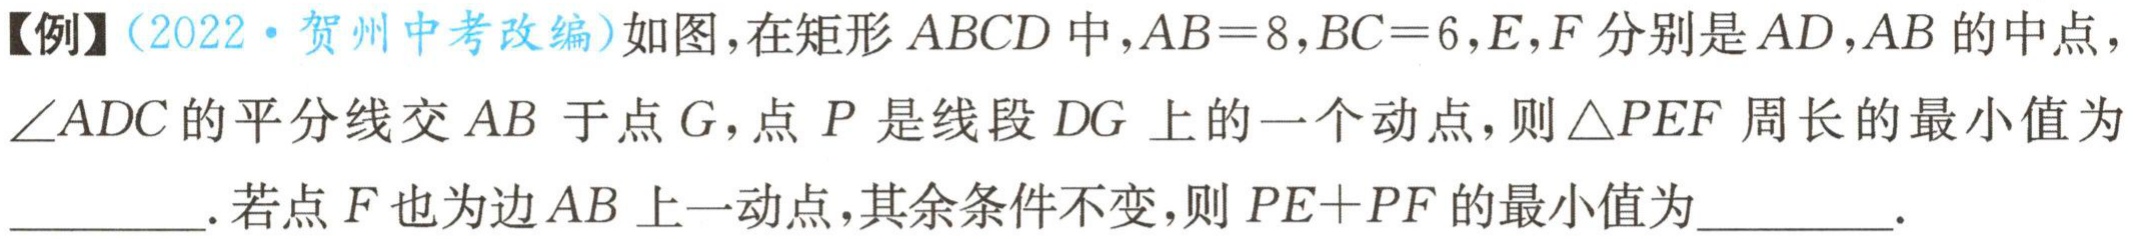
【例】（2022·贺州中考改编）如图，在矩形 \(ABCD\) 中，\(AB = 8\)，\(BC = 6\)，\(E,F\) 分别是 \(AD,AB\) 的中点，\(\angle ADC\) 的平分线交 \(AB\) 于点 \(G\)，点 \(P\) 是线段 \(DG\) 上的一个动点，则 \(\triangle PEF\) 周长的最小值为 _________. 若点 \(F\) 也为边 \(AB\) 上一动点，其余条件不变，则 \(PE + PF\) 的最小值为 _________.